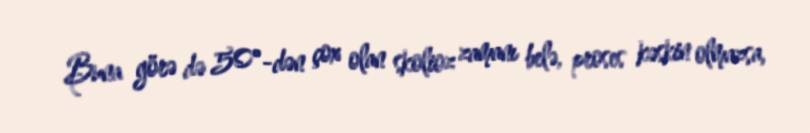
Buna görə də 50°-dən çox olan skolioz zamanı belə, proses kəskin olmazsa,